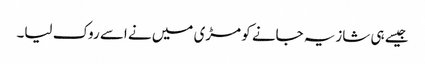
جیسے ہی شازیہ جانے کو مڑی میں نے اسے روک لیا۔